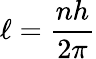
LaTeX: \ell={\frac{nh}{2\pi}}